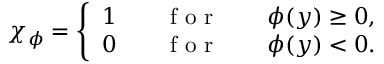
\chi _ { \phi } = \left\{ \begin{array} { l l } { 1 \qquad \mathrm { ~ f ~ o ~ r ~ } \qquad \phi ( y ) \geq 0 , } \\ { 0 \qquad \mathrm { ~ f ~ o ~ r ~ } \qquad \phi ( y ) < 0 . } \end{array} \right.